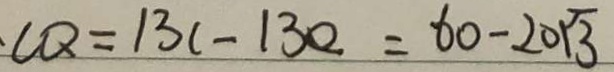
C Q = 1 3 c - 1 3 0 = 6 0 - 2 0 \sqrt { 3 }